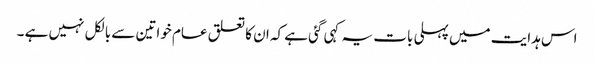
اس ہدایت میں پہلی بات یہ کہی گئی ہے کہ ان کا تعلق عام خواتین سے بالکل نہیں ہے ۔